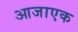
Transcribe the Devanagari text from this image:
आजाएक